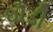
ઘોડી